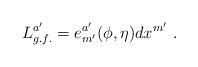
LaTeX: \begin{align*}L^{a'}_{g.f.} =e^{a'} _{m'} (\phi, \eta) dx^{m'} \ .\end{align*}